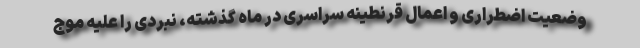
وضعیت اضطراری و اعمال قرنطینه سراسری در ماه گذشته، نبردی را علیه موج